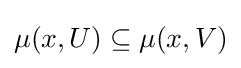
\mu (x,U)\subseteq \mu (x,V)